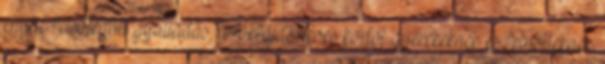
enyhe felsőlégúti gyulladás, torokfájás 1éves kortól gyerekeknek és felnőtteknek.